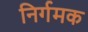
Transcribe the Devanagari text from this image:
निर्गमक